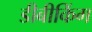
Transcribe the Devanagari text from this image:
डीबीकिंग